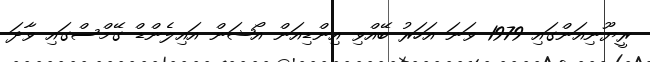
ރީޔޫނިއަންގައި 1979 ވަނަ އަހަރު ބޭއްވި އިންޑިއަން އޯޝަން އައިލެންޑް ގޭމްސްގައި ވާދަ